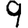
Digit: 9